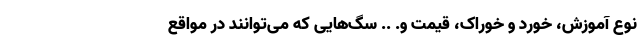
نوع آموزش، خورد و خوراک، قیمت و. .. سگ‌هایی که می‌توانند در مواقع